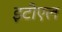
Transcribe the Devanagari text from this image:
इटीएल